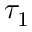
\tau _ { 1 }